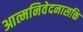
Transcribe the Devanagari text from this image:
आत्मनिवेदनासक्ति